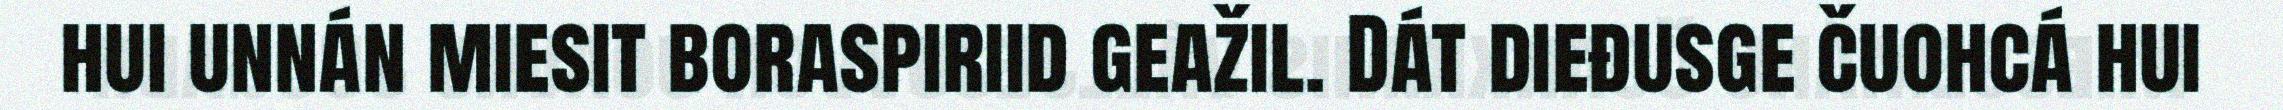
hui unnán miesit boraspiriid geažil. Dát dieđusge čuohcá hui